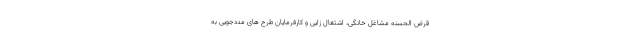
قرض الحسنه مشاغل خانگی، اشتغال زایی و کارفرمایان طرح های مددجویی به